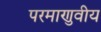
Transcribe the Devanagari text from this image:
परमाणुवीय